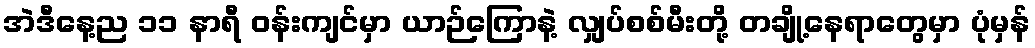
အဲဒီနေ့ည ၁၁ နာရီ ဝန်းကျင်မှာ ယာဉ်ကြောနဲ့ လျှပ်စစ်မီးတို့ တချို့နေရာတွေမှာ ပုံမှန်